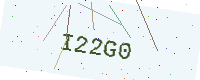
Text: I22G0